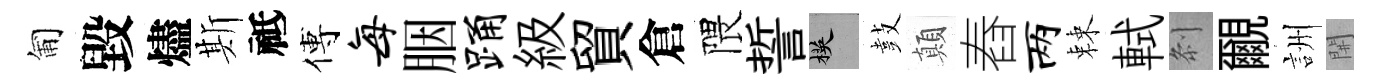
匍毀燼斯祗傅每胭踊級貿倉隈誓楧鼓顛舂两棘軾𠛴覼詶𨳩